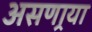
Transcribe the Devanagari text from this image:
असणार्‍या